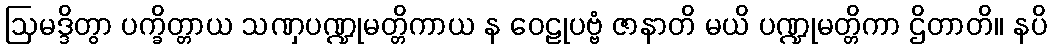
ဩမဒ္ဒိတွာ ပက္ခိတ္တာယ သဏှပဏ္ဍုမတ္တိကာယ န ဝေဠုပဗ္ဗံ ဇာနာတိ မယိ ပဏ္ဍုမတ္တိကာ ဌိတာတိ။ နပိ